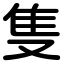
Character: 隻